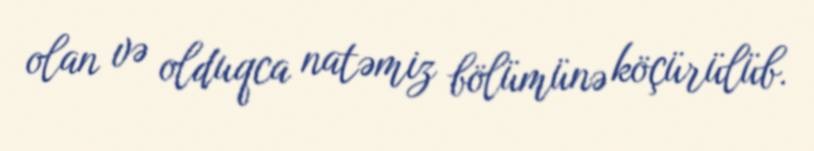
olan və olduqca natəmiz bölümünə köçürülüb.